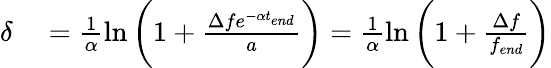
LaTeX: \begin{array}{rl}{\delta}&{{}=\frac{1}{\alpha}\ln{\bigg(1+\frac{\Delta fe^{-\alpha t_{end}}}{a}\bigg)}=\frac{1}{\alpha}\ln{\bigg(1+\frac{\Delta f}{f_{end}}\bigg)}}\end{array}